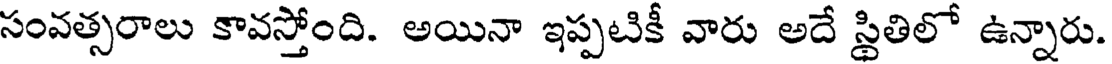
సంవత్సరాలు కావస్తోంది. అయినా ఇప్పటికీ వారు అదే స్థితిలో ఉన్నారు.